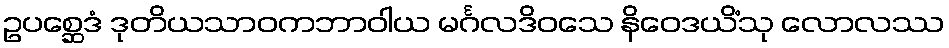
ဥပစ္ဆေဒံ ဒုတိယသာဝကဘာဝါယ မင်္ဂလဒိဝသေ နိဝေဒယိံသု လောလဿ